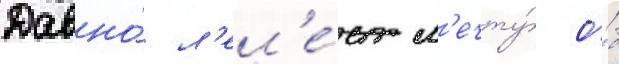
Давно́ л'ел'е́ет м'ечту́ о́б